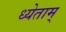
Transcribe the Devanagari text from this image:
ध्येताम्